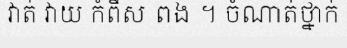
វាត់ វាយ កំពឹស ពង ។ ចំណាត់ថ្នាក់